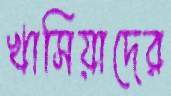
খাসিয়াদের